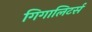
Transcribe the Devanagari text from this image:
गिगालिटर्स